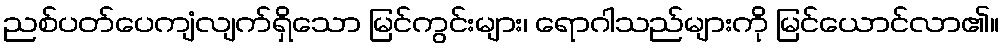
ညစ်ပတ်ပေကျံလျက်ရှိသော မြင်ကွင်းများ၊ ရောဂါသည်များကို မြင်ယောင်လာ၏။